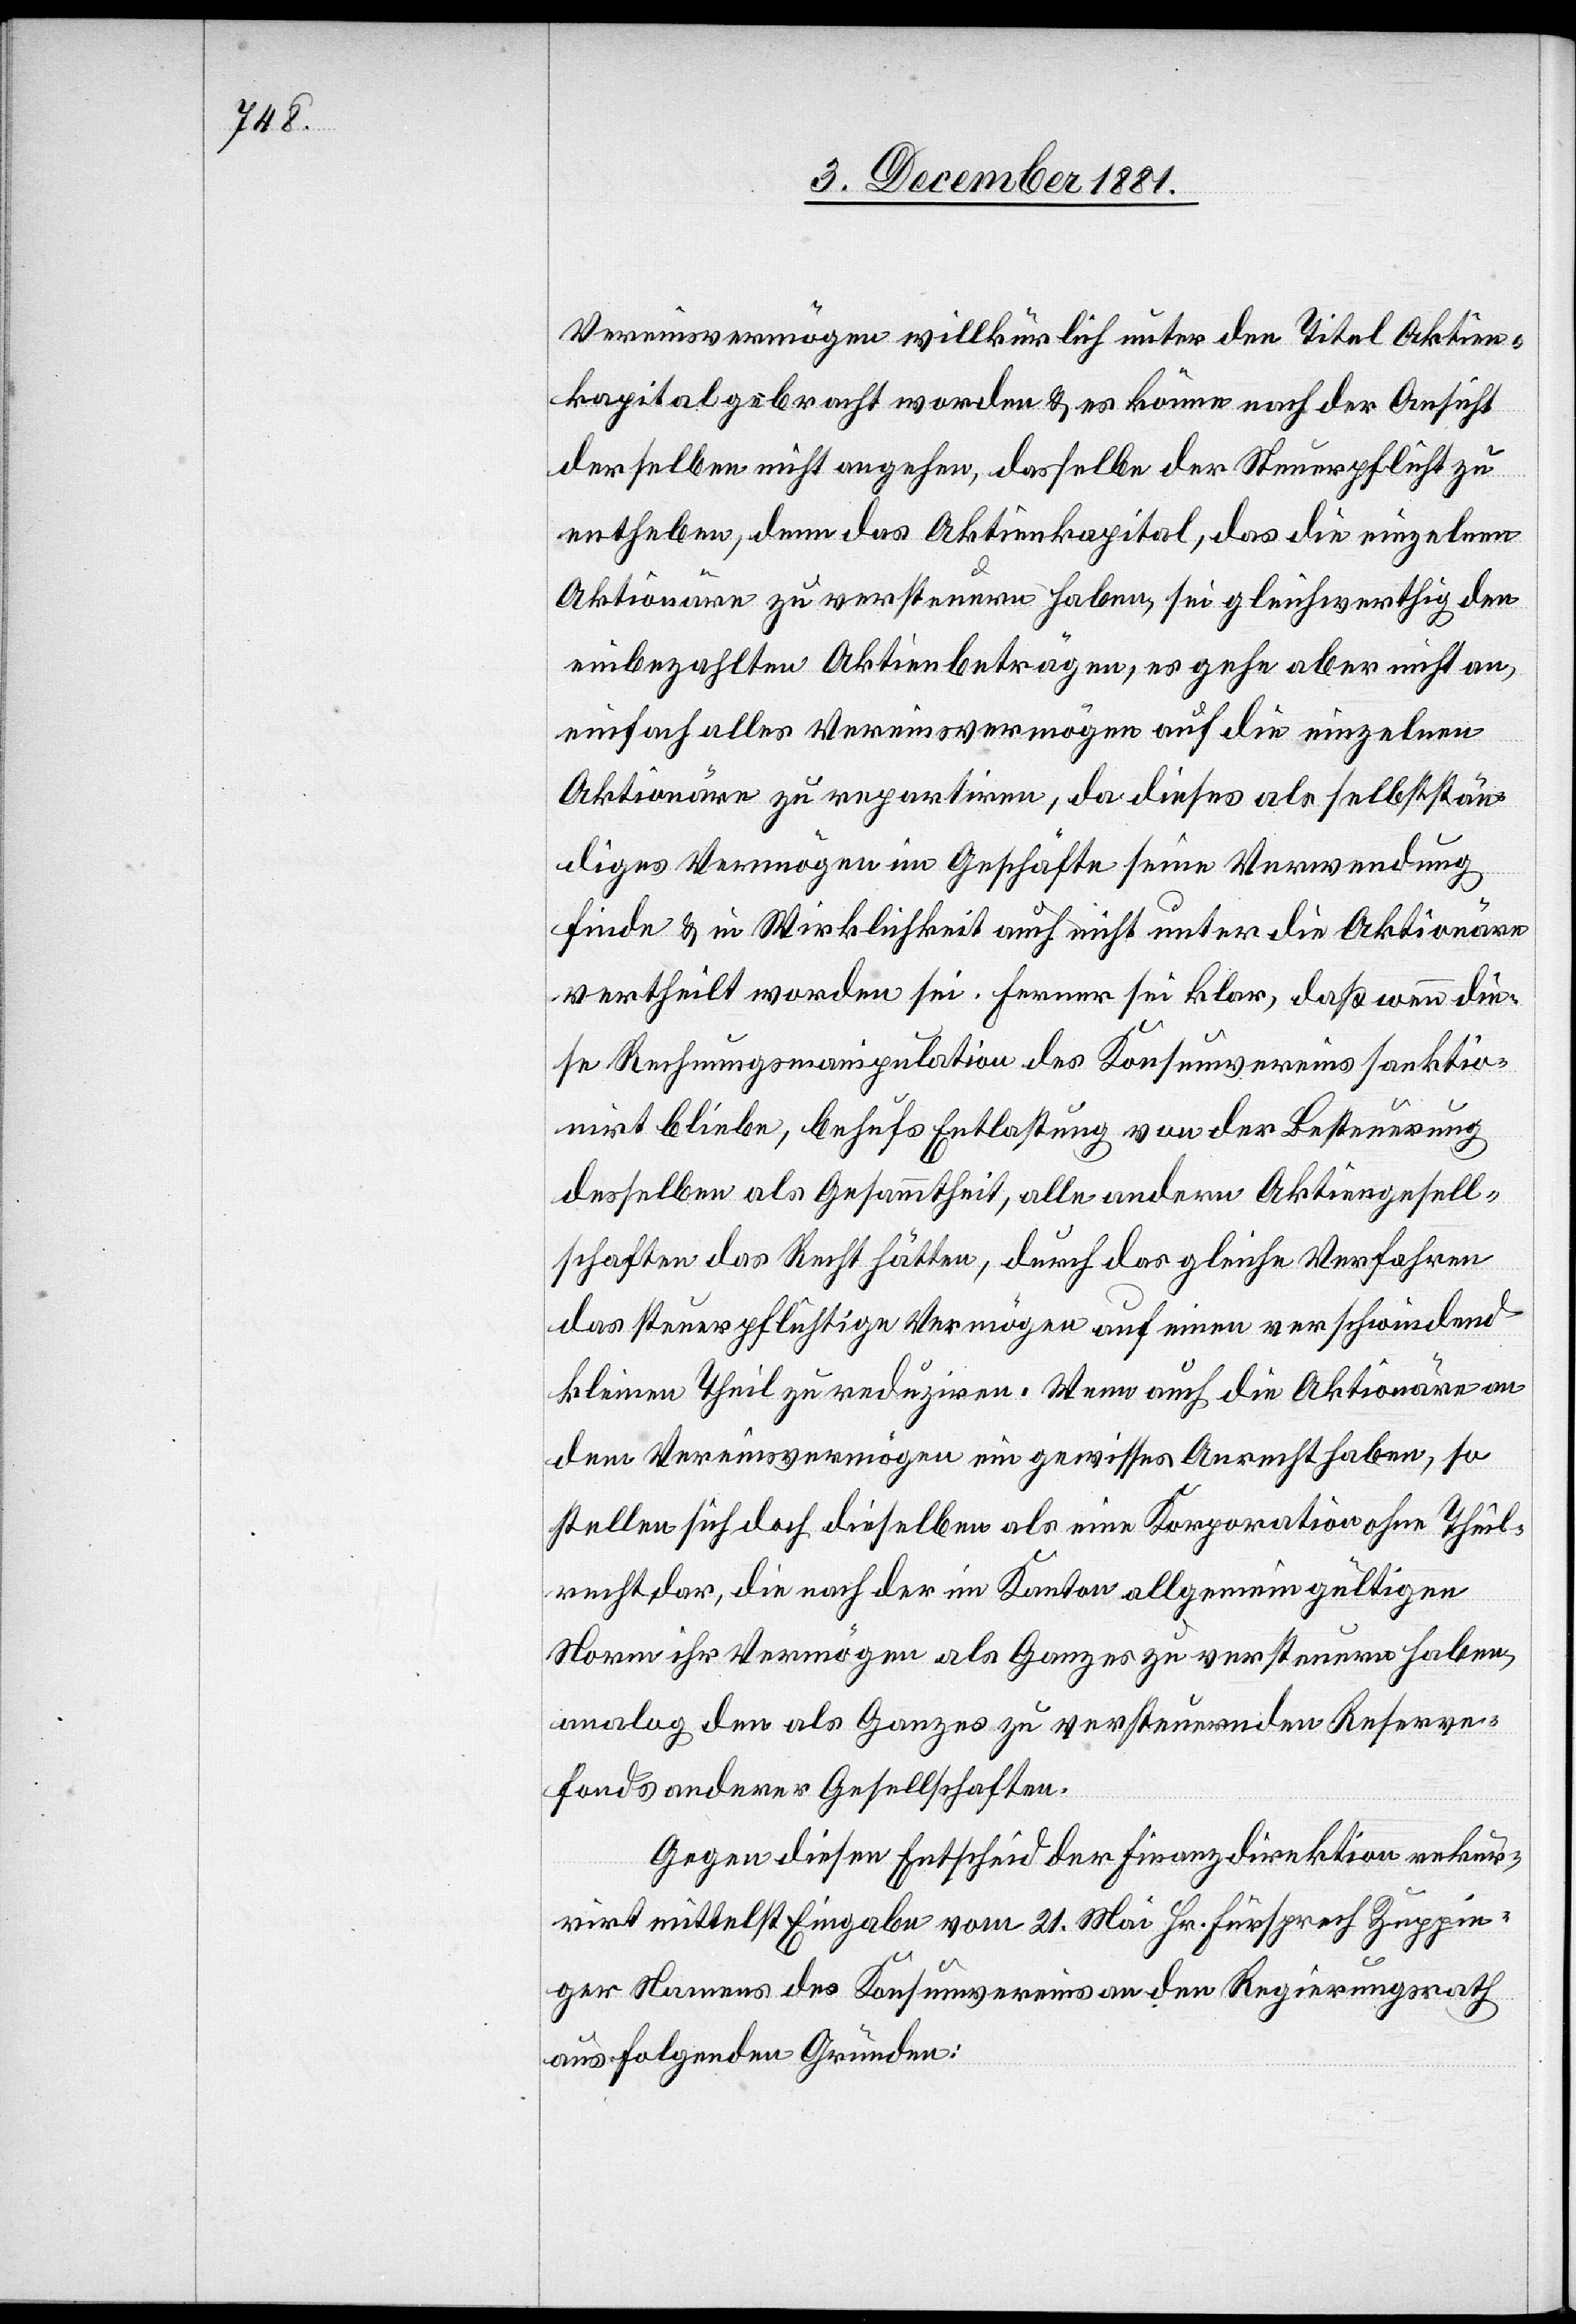
Vereinsvermögen willkürlich unter den Titel Aktien¬
kapital gebracht worden & es könne nach der Ansicht
derselben nicht angehen, dasselbe der Steuerpflicht zu
entheben, denn das Aktienkapital, das die einzelnen
Aktionäre zu versteuern haben, sei gleichwertig den
einbezahlten Aktienbeträgen, es gehe aber nicht an,
einfach alles Vereinsvermögen auf die einzelnen
Aktionäre zu repartiren, da dieses als selbststän¬
diges Vermögen im Geschäfte seine Verwendung
finde & in Wirklichkeit auch nicht unter die Aktionäre
vertheilt worden sei. Ferner sei klar, daß wenn die¬
se Rechnungsmanipulation des Konsumvereins sanktio¬
nirt bliebe, behufs Entlastung von der Besteuerung
desselben als Gesammtheit, alle andern Aktiengesell¬
schaften das Recht hätten, durch das gleiche Verfahren
das steuerpflichtige Vermögen auf einen verschwindend
kleinen Theil zu reduziren. Wenn auch die Aktionäre an
dem Vereinsvermögen ein gewisses Anrecht haben, so
stellen sich doch dieselben als eine Korporation ohne Theil¬
recht dar, die nach der im Kanton allgemeingültigen
Norm ihr Vermögen als Ganzes zu versteuern haben,
analog den als Ganzes zu versteuernden Reserve¬
fonds anderer Gesellschaften.
Gegen diesen Entscheid der Finanzdirektion rekur¬
rirt mittelst Eingabe vom 21. Mai Hr. Fürsprech Zuppin¬
ger Namens des Konsumvereins an den Regierungsrath
aus folgenden Gründen: